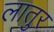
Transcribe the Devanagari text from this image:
लातुर